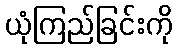
ယုံကြည်ခြင်းကို